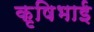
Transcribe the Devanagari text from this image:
कृषिभाई